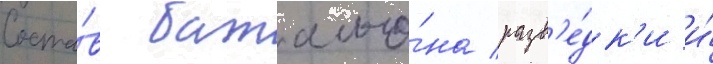
Соста́в батальо́на разв'е́дк'и и́